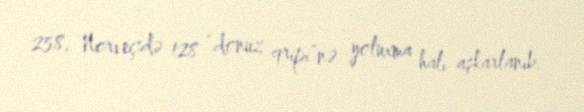
258, Norveçdə 128 “donuz qripi”nə yoluxma halı aşkarlanıb.